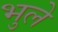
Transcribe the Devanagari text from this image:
भुले